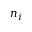
n _ { i }